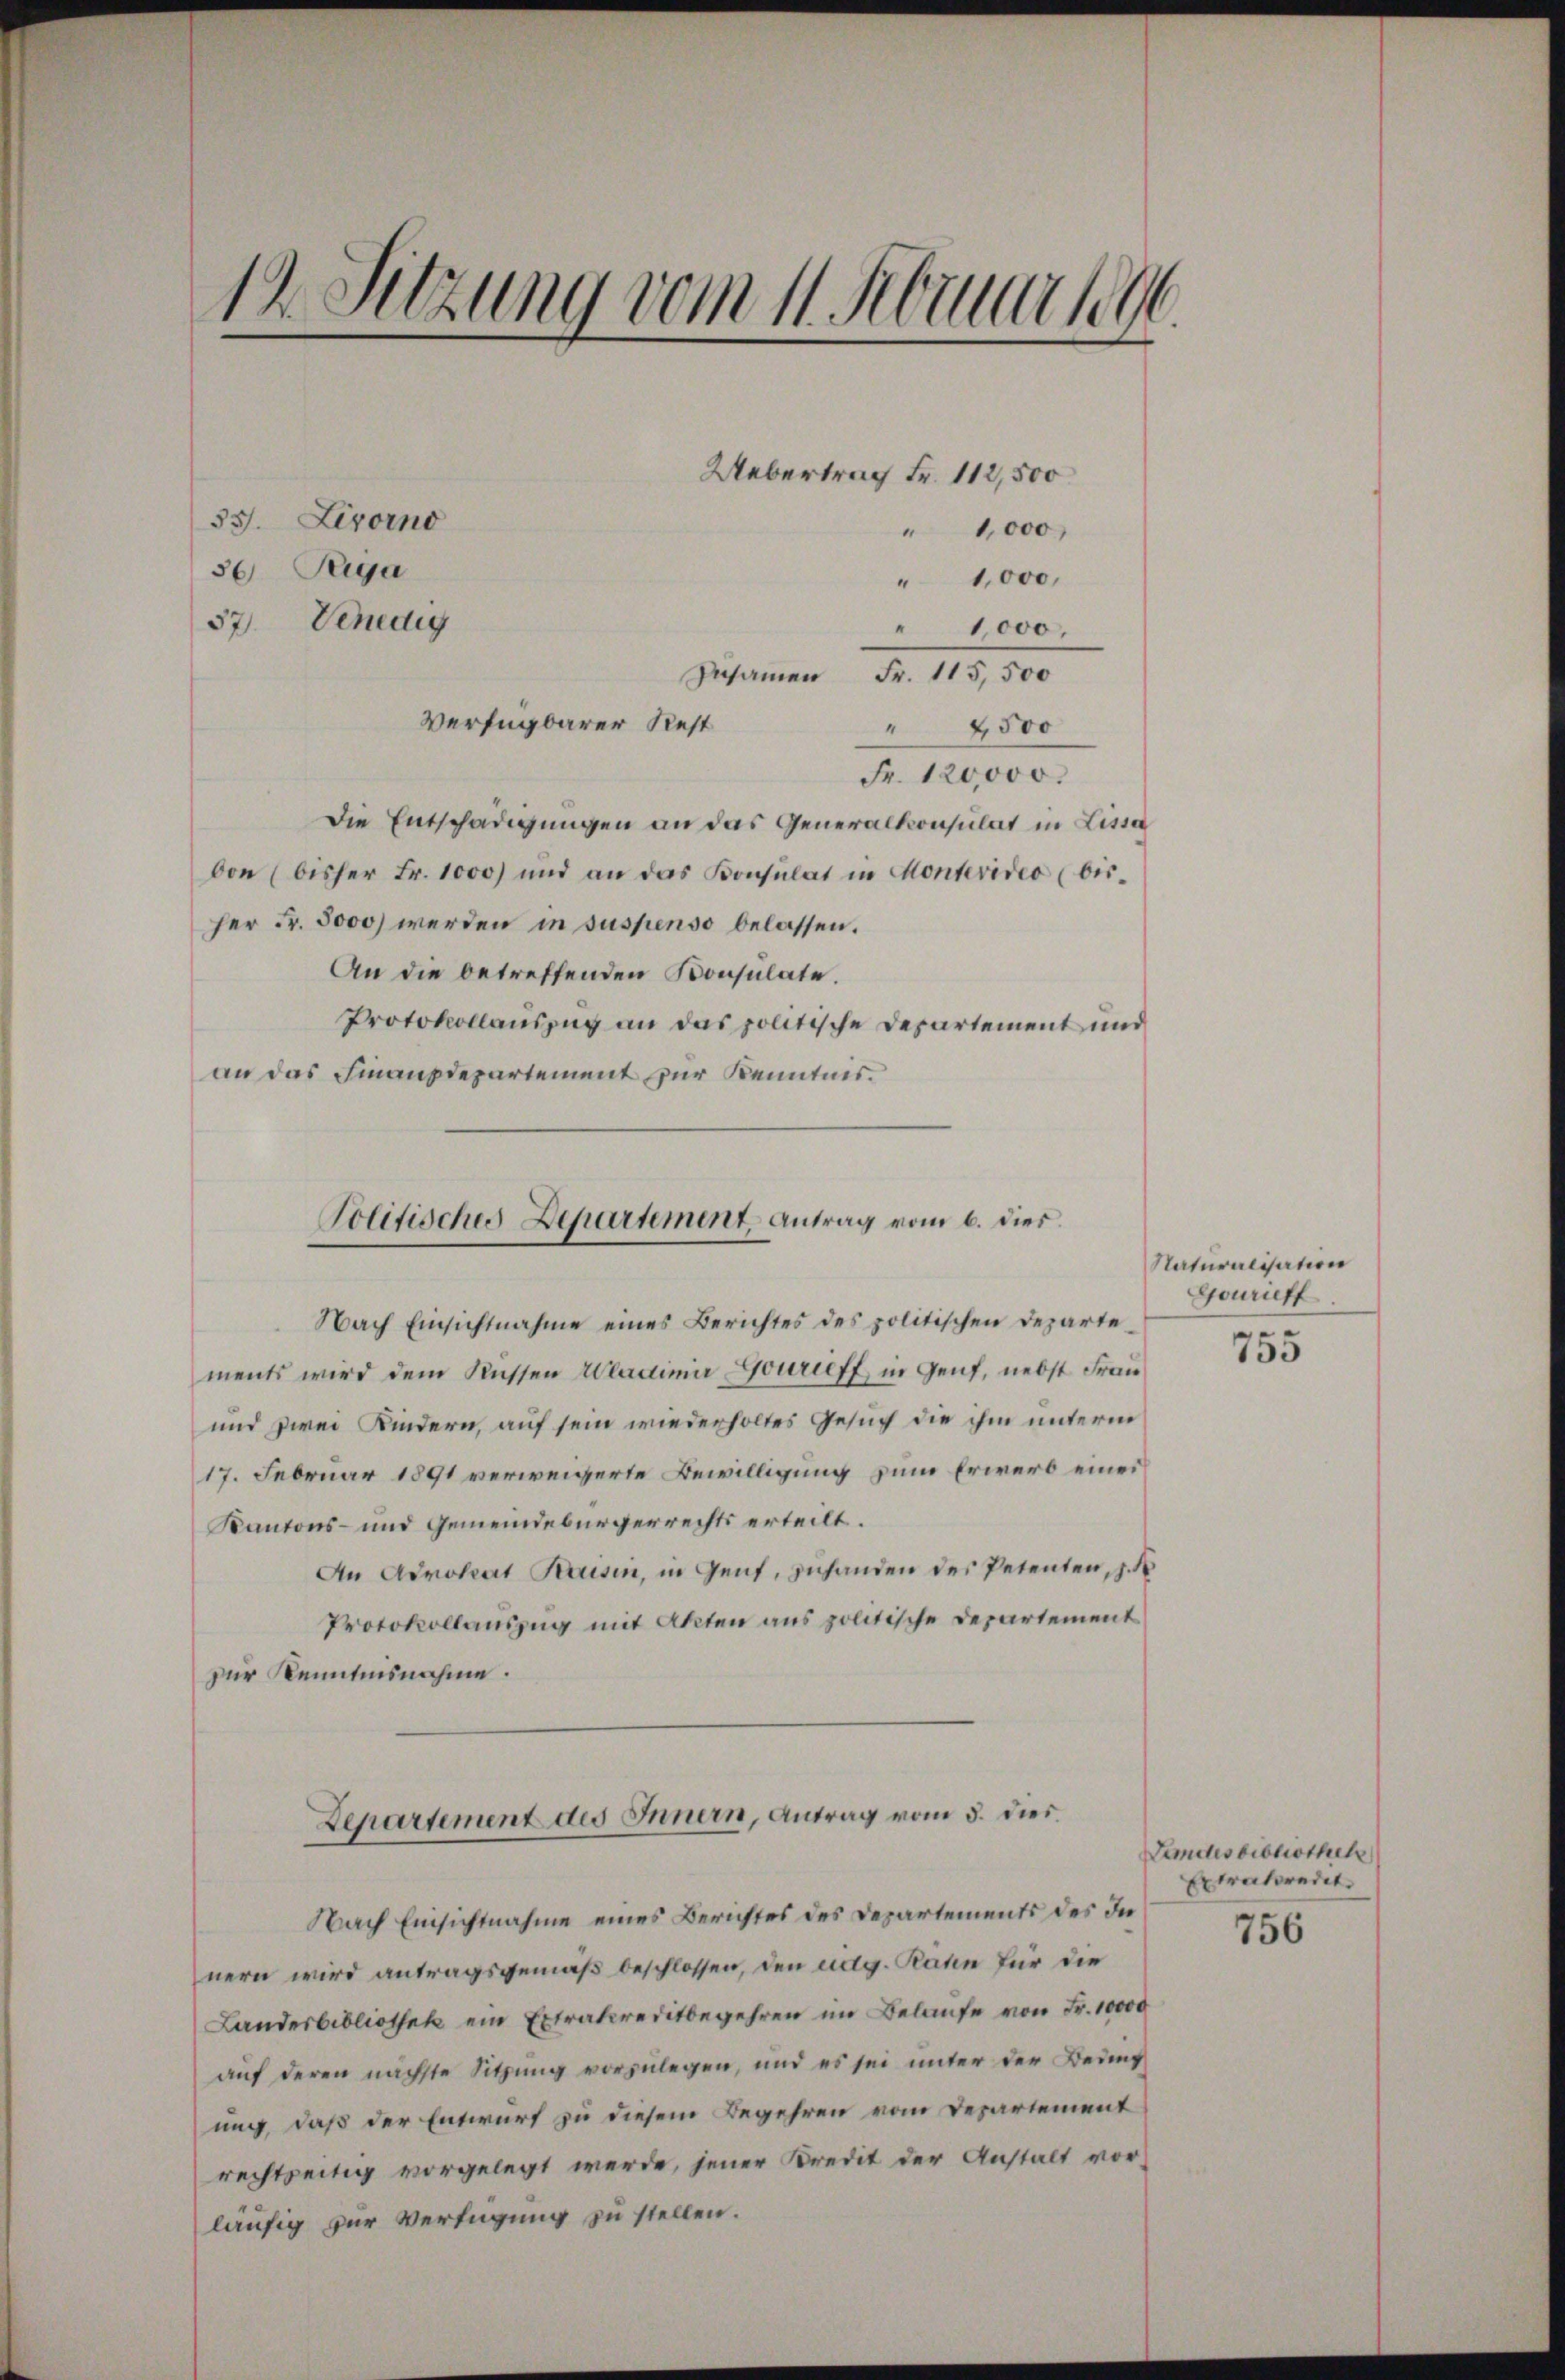
19. Sitzung vom 11. Abruar 1896.

Uebertrag Fr. 112,500
53. Livorno
36 Rga
37. Venedig
Zusammen Fr. 115,500
Verfügbarer Rest
4500

" 1,000
" 1,000.
" 1000.

Fr. 120,000.
Die Entschädigungen an das Generalkonsulat in Lissa
von (bisher Fr. 1000) und an das Konsulat in Montevideo (bis-
her Fr. 5000 werden in suspenso belassen.
An die betreffenden Konsulate.
Protokollauszug an das politische Departement und
an das Finanzdepartement zur Kenntnis.

Politisches Departement Antrag vom 6. dies

Nach Einsichtnahme eines Berichtes des politischen Departe-
ments wird dem Küssen Mladimir Gourieff in Genf, nebst Frau
und zwei Kindern, auf sein wiederholtes Gesuch die ihm unterm
17. Februar 1891 verweigerte Bewilligung zum Erwerb einer

Departement des Innern, Antrag vom 5. dies

Kantons- und Gemeindebürgerrechts erteilt.
An Advokat Brusin, in Gent, zuhanden des Petenten, z. B
Protokollauszug mit Akten aus politische Departement
zur Kenntnisnahme.

Nach Einsichtnahme eines Berichtes des Departements des In
nern wird antragsgemäß beschlossen, den udg. Raten für die
Landesbibliothek ein Extrakereditbegehren im Belaufe von Fr. 10000
auf deren nächste Sitzung vorzulegen, und es sei unter der Beding
ung, daß der Entwurf zu diesem Begehren vom Departement
rechtseitig vorgelegt werde, jener Kredit der Anstalt vor
läufig zur Verfügung zu stellen.

Naturalisation
Gourieff

755

Landesbibliothek
Extrabredet.

756